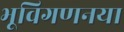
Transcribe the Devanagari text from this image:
भूविगणनया